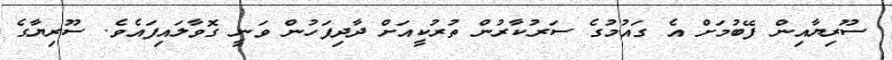
ސޫރިޔާއިން ފޭބުމަށް އެ ގައުމުގެ ސަރުކާރުން ތުރުކީއަށް ދާދިފަހުން ވަނީ ގޮވާލައިފައެވެ. ސޫރިޔާގެ